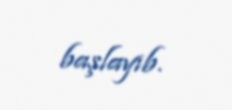
başlayıb.